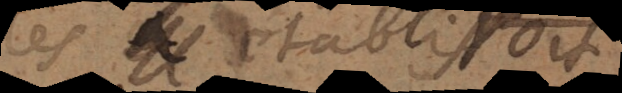
les établiroit